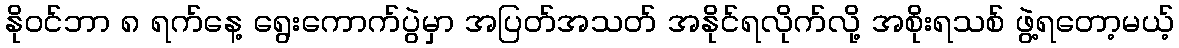
နိုဝင်ဘာ ၈ ရက်နေ့ ရွေးကောက်ပွဲမှာ အပြတ်အသတ် အနိုင်ရလိုက်လို့ အစိုးရသစ် ဖွဲ့ရတော့မယ့်